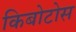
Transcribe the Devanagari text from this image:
किबोटोस